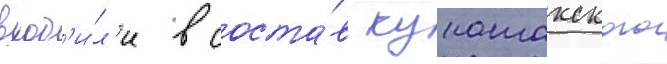
вход'и́л'и в соста́в кунашакского